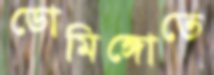
ডোমিঙ্গোতে